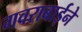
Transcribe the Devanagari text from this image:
गवराबाईने